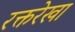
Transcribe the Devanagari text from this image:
रक्तरेखा